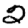
Digit: 2